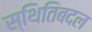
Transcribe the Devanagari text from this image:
स्थितिबदल